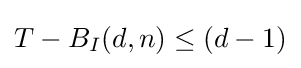
T-B_{I}(d,n)\leq (d-1)